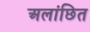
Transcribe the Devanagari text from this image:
अलांछित